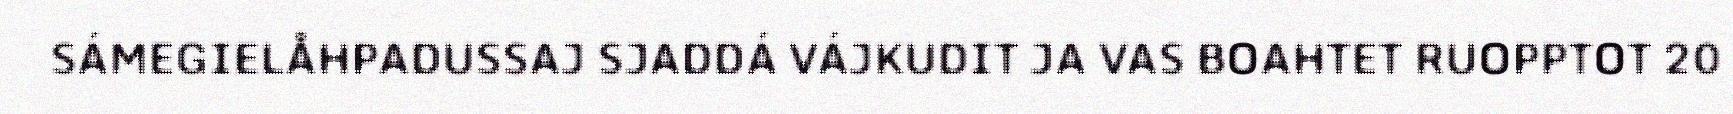
SÁMEGIELÅHPADUSSAJ SJADDÁ VÁJKUDIT JA VAS BOAHTET RUOPPTOT 20